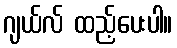
ဂျယ်လ် ထည့်ပေးပါ။